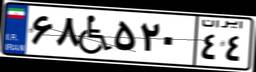
۶۸W۵۲۰۴۴